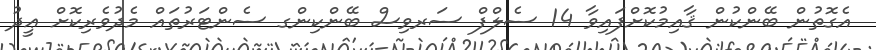
އެގޮތުން ބޭންކުން ޤާއިމުކޮށްފައިވާ 14 ސެލްފް ސަރވިސް ބޭންކިންގ ސެންޓަރުތައް މެދުވެރިކޮށް ޢީދު